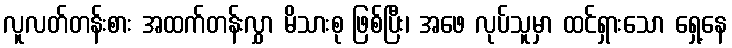
လူလတ်တန်းစား အထက်တန်းလွှာ မိသားစု ဖြစ်ပြီး၊ အဖေ လုပ်သူမှာ ထင်ရှားသော ရှေ့နေ